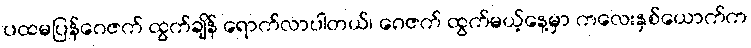
ပထမပြန်ဂေဇက် ထွက်ချိန် ရောက်လာပါတယ်၊ ဂေဇက် ထွက်မယ့်နေ့မှာ ကလေးနှစ်ယောက်က